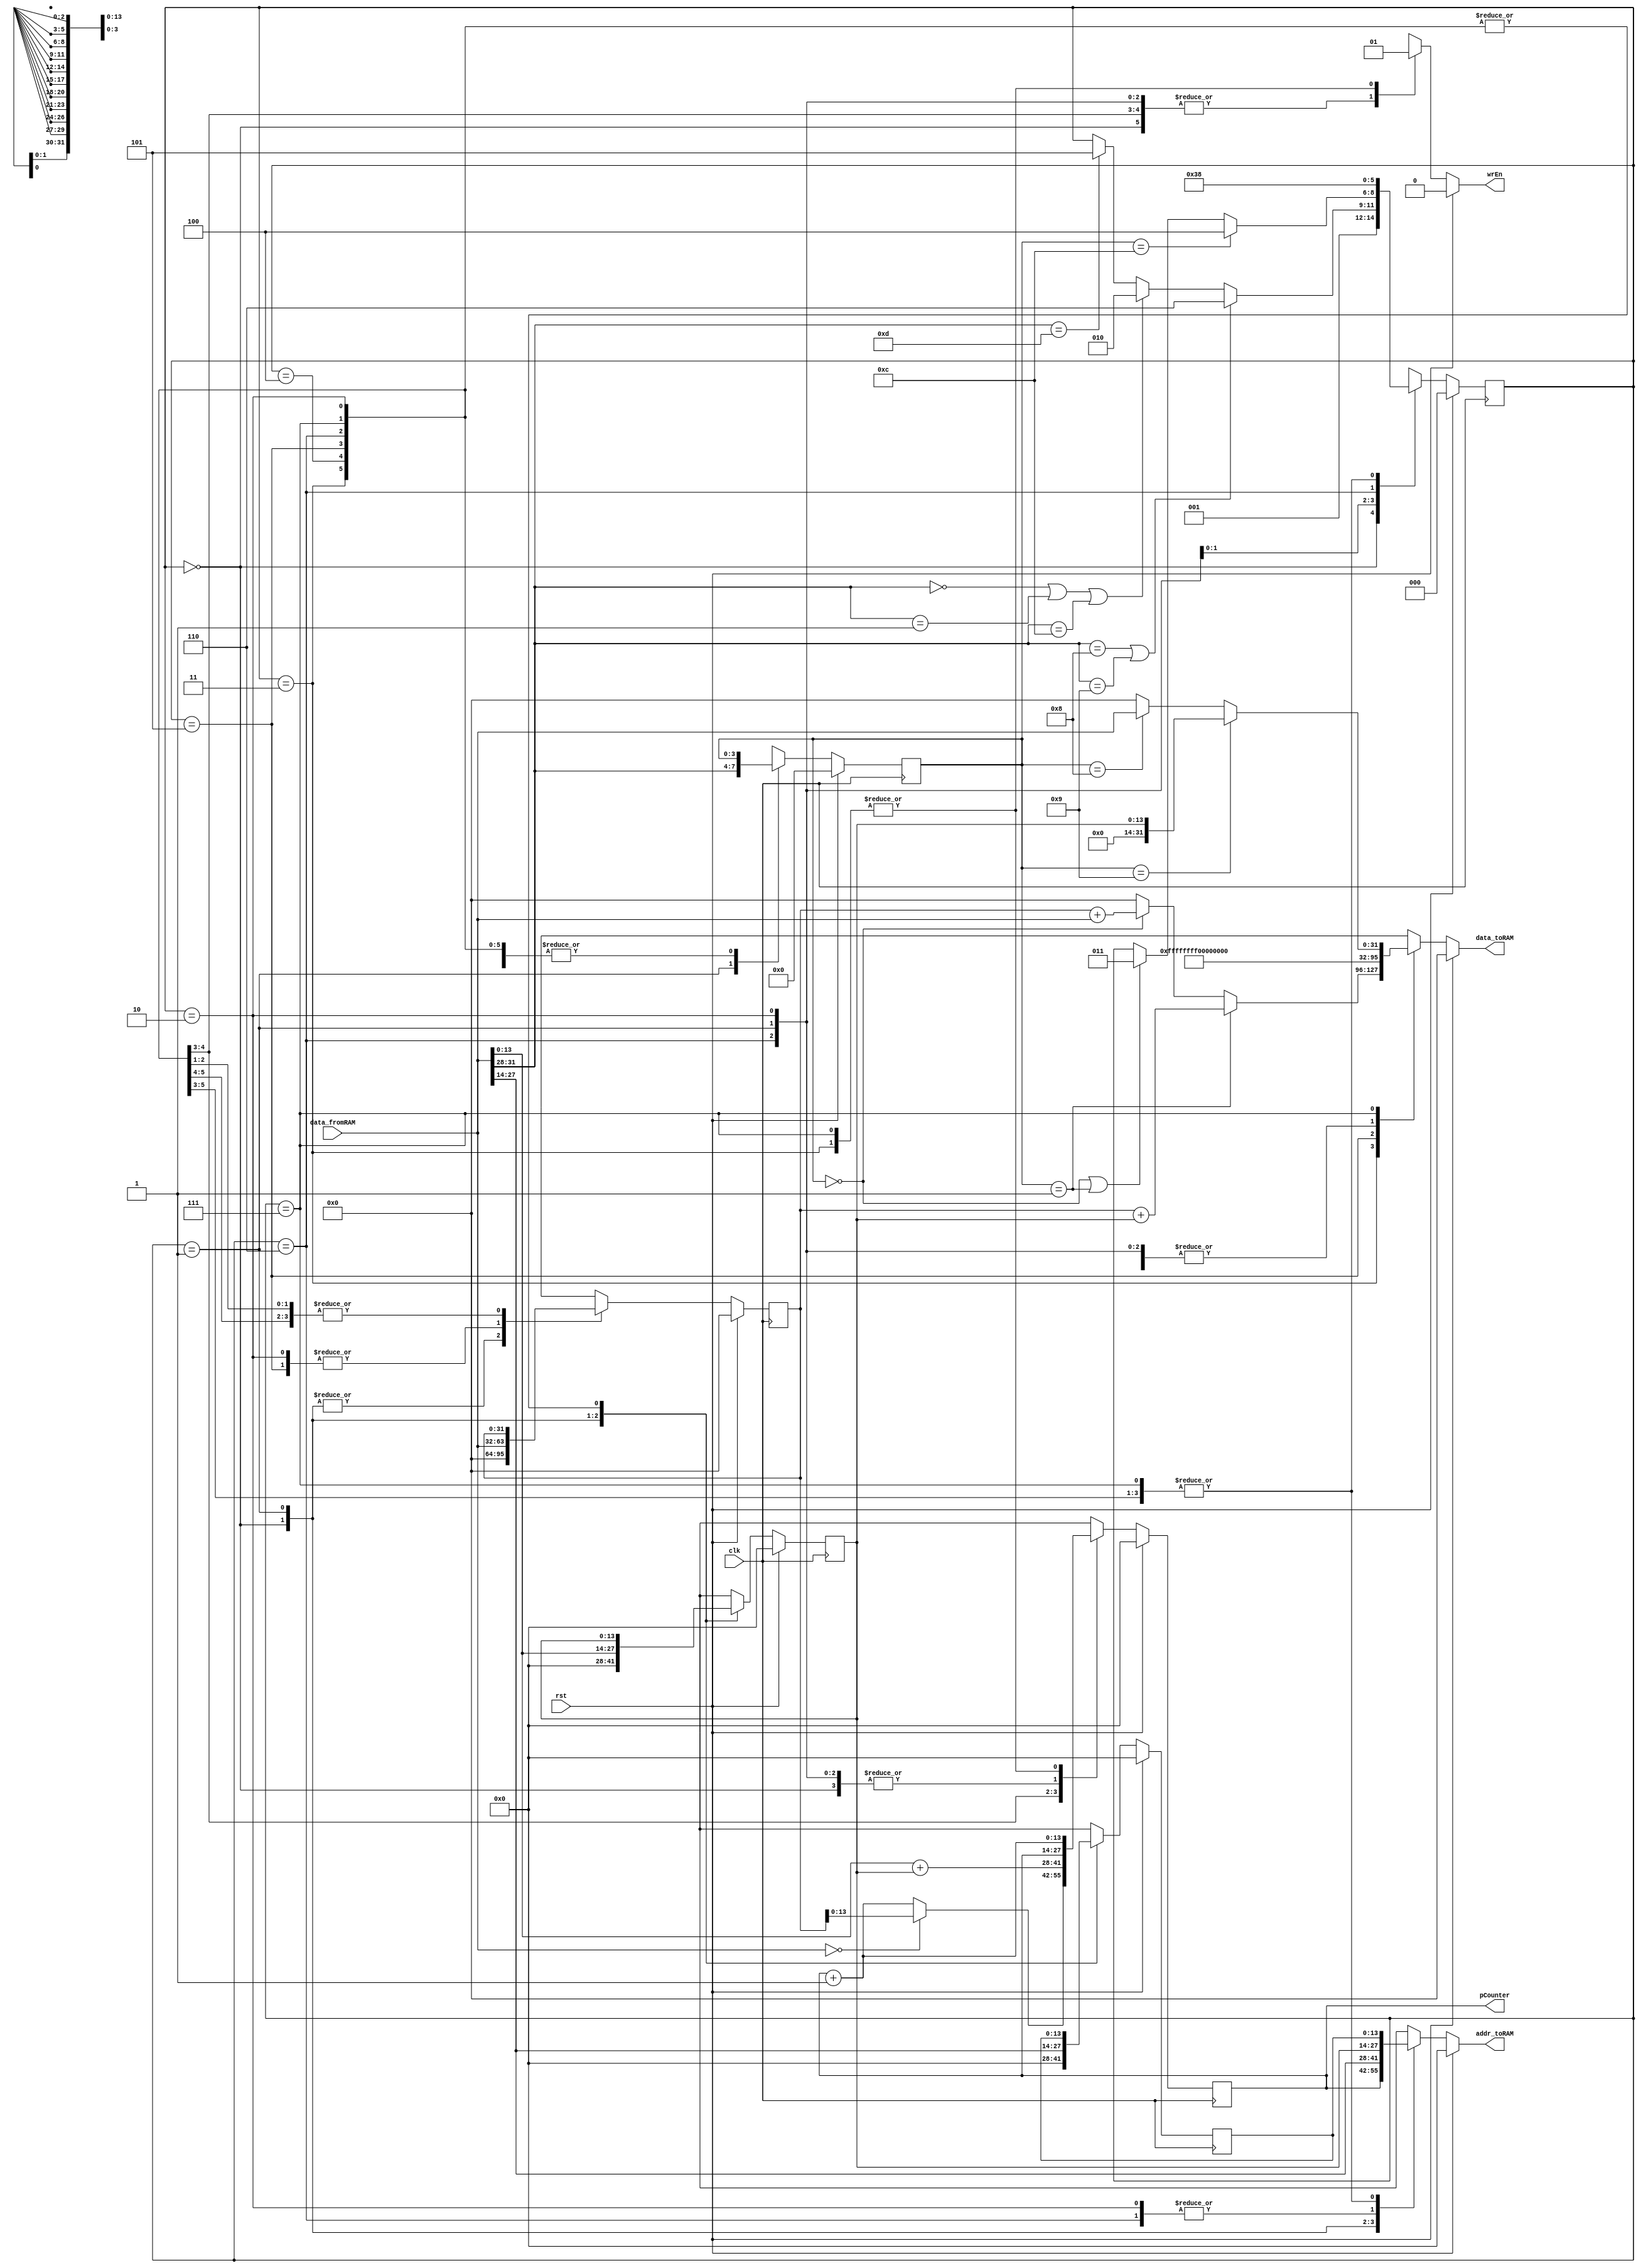
// Gksel can NAL
// S011827

`timescale 1ns / 1ps
module SimpleCPU(clk, rst, data_fromRAM, wrEn, addr_toRAM, data_toRAM, pCounter);
 
parameter ADDR_LEN = 14;

input clk, rst;
input wire [31:0] data_fromRAM;
output reg wrEn;
output reg [ADDR_LEN-1:0] addr_toRAM;
output reg [31:0] data_toRAM;
output reg [ADDR_LEN-1:0] pCounter;

// internal signals
reg [ADDR_LEN-1:0] pCounterNext;
reg [ 3:0] opcode, opcodeNext;
reg [13:0] operand1, operand2, operand1Next, operand2Next;
reg [31:0] num1, num2, num1Next, num2Next;
reg [ 2:0] state, stateNext;


always @(posedge clk)begin
	state    <= #1 stateNext;
	pCounter <= #1 pCounterNext;
	opcode   <= #1 opcodeNext;
	operand1 <= #1 operand1Next;
	operand2 <= #1 operand2Next;
	num1     <= #1 num1Next;
	num2     <= #1 num2Next;
end

always @*begin
	stateNext    = state;
	pCounterNext = pCounter;
	opcodeNext   = opcode;
	operand1Next = operand1;
	operand2Next = operand2;
	num1Next     = num1;
	num2Next     = num2;
	addr_toRAM   = 0;
	wrEn         = 0;
	data_toRAM   = 0;
if(rst)
	begin
	stateNext    = 0;
	pCounterNext = 0;
	opcodeNext   = 0;
	operand1Next = 0;
	operand2Next = 0;
	num1Next     = 0;
	num2Next     = 0;
	addr_toRAM   = 0;
	wrEn         = 0;
	data_toRAM   = 0;
	end
else 
	case(state)                       
		0: begin         // "addr_toRAM = 0" => read first memory location 
			pCounterNext = pCounter;
			opcodeNext   = opcode;
			operand1Next = 0;
			operand2Next = 0;
			addr_toRAM   = pCounter;
			num1Next     = 0;
			num2Next     = 0;
			wrEn         = 0;
			data_toRAM   = 0;
			stateNext    = 1;
		end 
		1:begin          // take opcode and request *A
			pCounterNext = pCounter;
			opcodeNext   = data_fromRAM[31:28];  // opcode 
			operand1Next = data_fromRAM[27:14];  // A
			operand2Next = data_fromRAM[13: 0];  // B
			addr_toRAM   = data_fromRAM[27:14];  // A (for take *A)
			num1Next     = 0;
			num2Next     = 0;
			wrEn         = 0;
			data_toRAM   = 0;
			if(opcodeNext == 4'b1101) // BZJi
				stateNext = 5;
			if(opcodeNext == 4'b0000 || opcodeNext == 4'b0001 || opcodeNext == 4'b1100) // ADD ADDi BZJ
				stateNext = 2;
         if(opcodeNext == 4'b1000 || opcodeNext == 4'b1001) // CP CPi
             stateNext = 6;			
		end
		2: begin         // request *B and take *A
			pCounterNext = pCounter;
			opcodeNext   = opcode;
			operand1Next = operand1;
			operand2Next = operand2;
			addr_toRAM   = operand2; 
			num1Next     = data_fromRAM; // *A
			num2Next     = 0;
			wrEn         = 0;
			data_toRAM   = 0;
			if(opcodeNext == 4'b0000 || opcodeNext == 4'b0001) // ADD ADDi
			    stateNext = 3;
			if(opcodeNext == 4'b1100) // BZJ
			    stateNext = 4;
		end 
		3: begin         // take *B 
			pCounterNext = pCounter + 1;
			opcodeNext = opcode;
			operand1Next = operand1;
			operand2Next = operand2;
			addr_toRAM = operand1; // A (for write *A)
			num1Next = num1;
			num2Next = data_fromRAM;
			wrEn = 1;
			if(opcode == 4'b0000) // ADD
				data_toRAM = num1 + data_fromRAM;
			if(opcode == 4'b0001) // ADDi
				data_toRAM = num1 + operand2;
			stateNext = 0;
		end
		4: begin
			opcodeNext = opcode;
			operand1Next = operand1;
			operand2Next = operand2;
			addr_toRAM = operand1; 
			num1Next = num1;
			num2Next = data_fromRAM;
			wrEn = 0;
			if(data_fromRAM == 0)
			    pCounterNext = num1;				 
			else 
			    pCounterNext = pCounter + 1;
         stateNext = 0;				 
		end
		5: begin
			pCounterNext = data_fromRAM + operand2; 
			opcodeNext   = opcode;
			operand1Next = operand1;
			operand2Next = operand2;
			addr_toRAM   = operand1;	
			num1Next     = data_fromRAM;
			num2Next     = operand2;
			wrEn         = 0;
			data_toRAM   = 32'hFFFF_FFFF;
			stateNext = 0;
		end
		6: begin
		   pCounterNext = pCounter;
			opcodeNext = opcode;
			operand1Next = operand1;
			operand2Next = operand2;
			addr_toRAM = operand2; // B
			num1Next = num1;
			num2Next = num2;
			stateNext = 7;
		end
		7: begin
		   pCounterNext = pCounter + 1;
			opcodeNext = opcode;
			operand1Next = operand1;
			operand2Next = operand2;
			addr_toRAM = operand1; //A (for write *A)
			num1Next = num1;
			num2Next = data_fromRAM; 
			wrEn = 1;
			if(opcode == 4'b1000) // CP
			    data_toRAM = data_fromRAM;
			if(opcode == 4'b1001) // CPi
			    data_toRAM = operand2;
		   stateNext = 0;
		end
		default: begin
			stateNext    = 0;
			pCounterNext = 0;
			opcodeNext   = 0;
			operand1Next = 0;
			operand2Next = 0;
			num1Next     = 0;
			num2Next     = 0;
			addr_toRAM   = 0;
			wrEn         = 0;
			data_toRAM   = 0;
		end
	endcase
end
endmodule